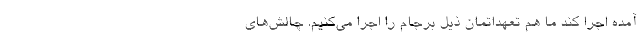
آمده اجرا کند ما هم تعهداتمان ذیل برجام را اجرا می‌کنیم. چالش‌های